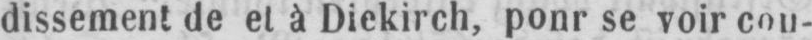
dissement de et à Diekirch, ponrse voire cou-